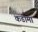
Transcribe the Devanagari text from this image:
कडीमा